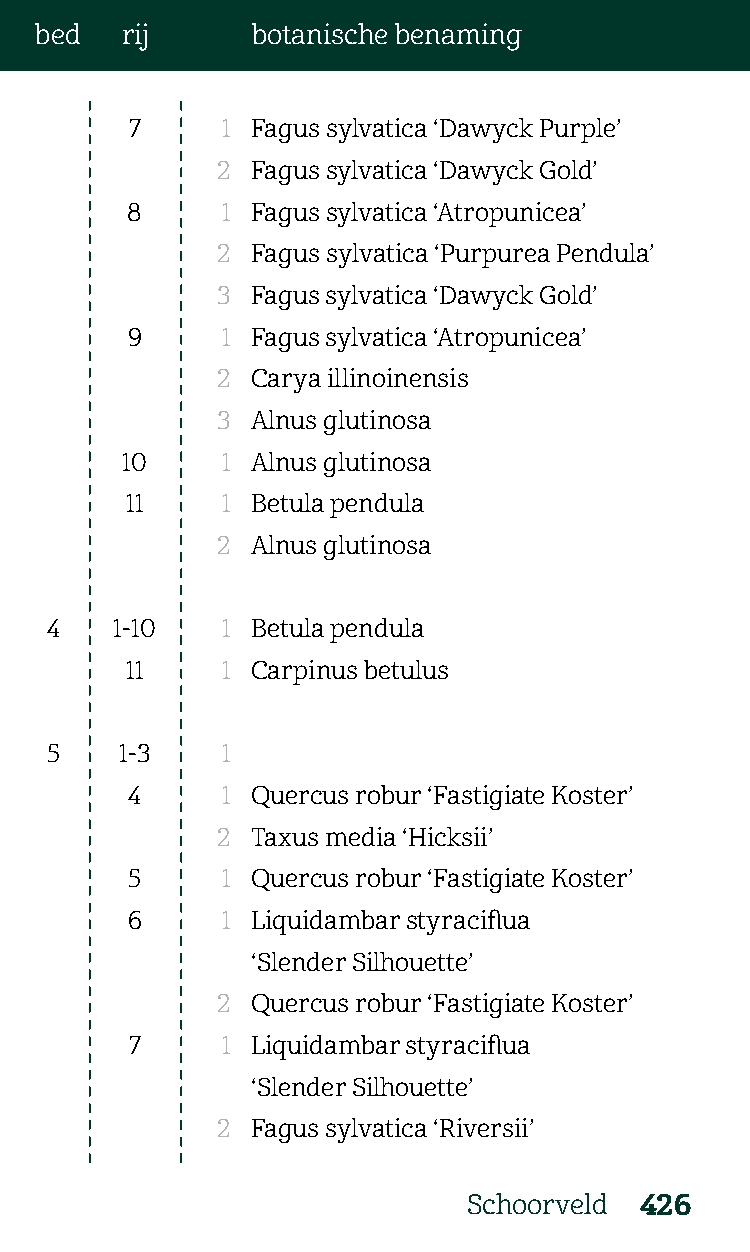
bed   rij      botanische benaming
 7     1 Fagus sylvatica ‘Dawyck Purple’
 2  Fagus sylvatica ‘Dawyck Gold’
 8      1 Fagus sylvatica ‘Atropunicea’
 2  Fagus sylvatica ‘Purpurea Pendula’
 3  Fagus sylvatica ‘Dawyck Gold’
 9      1 Fagus sylvatica ‘Atropunicea’
 2  Carya illinoinensis
 3  Alnus glutinosa
 10     1 Alnus glutinosa
 11     1 Betula pendula
 2  Alnus glutinosa
 4   1-10    1 Betula pendula
 11     1 Carpinus betulus
 5    1-3    1
 4      1 Quercus robur ‘Fastigiate Koster’
 2  Taxus media ‘Hicksii’
 5      1 Quercus robur ‘Fastigiate Koster’
 6      1 Liquidambar styraciflua
 ‘Slender Silhouette’
 2  Quercus robur ‘Fastigiate Koster’
 7     1 Liquidambar styraciflua
 ‘Slender Silhouette’
 2  Fagus sylvatica ‘Riversii’
 Schoorveld 426